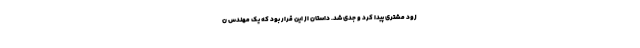
زود مشتری پیدا کرد و جدی شد. داستان از این قرار بود که یک مهندس ن